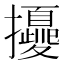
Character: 𢹎